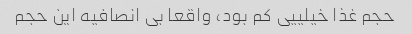
حجم غذا خیلییی کم بود، واقعا بی انصافیه این حجم